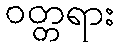
ဝတ္တရား